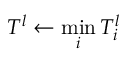
T ^ { l } \gets \operatorname* { m i n } _ { i } T _ { i } ^ { l }